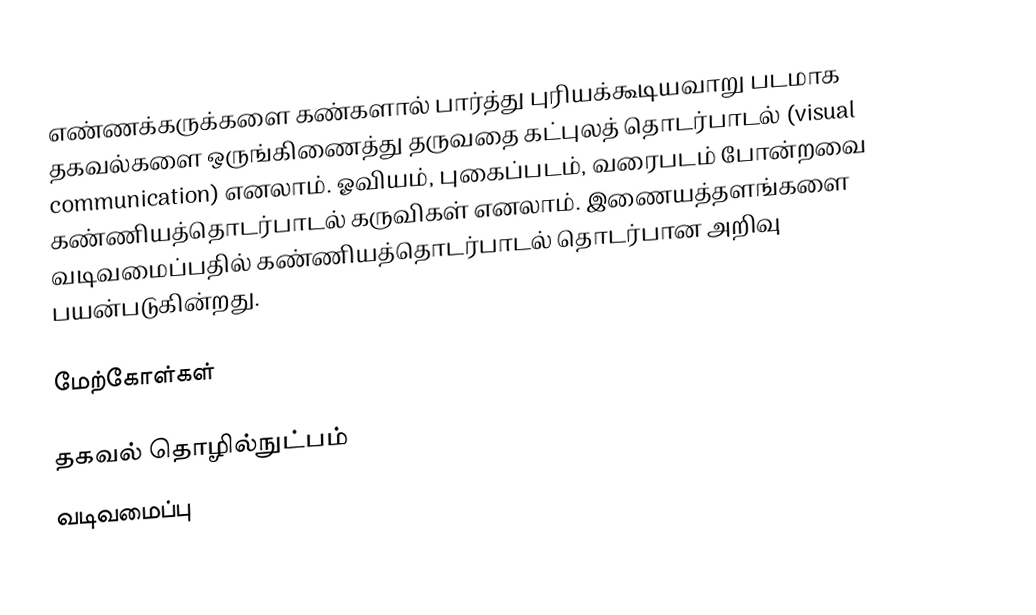
எண்ணக்கருக்களை கண்களால் பார்த்து புரியக்கூடியவாறு படமாக தகவல்களை ஒருங்கிணைத்து தருவதை கட்புலத் தொடர்பாடல் (visual communication) எனலாம்.  ஓவியம், புகைப்படம், வரைபடம் போன்றவை கண்ணியத்தொடர்பாடல் கருவிகள் எனலாம்.  இணையத்தளங்களை வடிவமைப்பதில் கண்ணியத்தொடர்பாடல் தொடர்பான அறிவு பயன்படுகின்றது.

மேற்கோள்கள்

தகவல் தொழில்நுட்பம்
வடிவமைப்பு